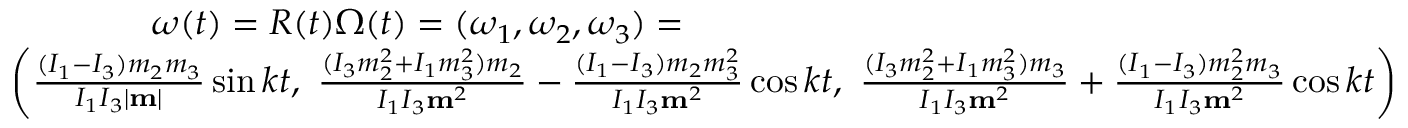
\begin{array} { r } { { \boldsymbol \omega } ( t ) = R ( t ) { \boldsymbol \Omega } ( t ) = ( \omega _ { 1 } , \omega _ { 2 } , \omega _ { 3 } ) = \qquad \qquad \qquad \qquad \qquad \qquad \qquad \qquad \qquad \qquad } \\ { \left( \frac { ( I _ { 1 } - I _ { 3 } ) m _ { 2 } m _ { 3 } } { I _ { 1 } I _ { 3 } | { \bf m } | } \sin k t , ~ \frac { ( I _ { 3 } m _ { 2 } ^ { 2 } + I _ { 1 } m _ { 3 } ^ { 2 } ) m _ { 2 } } { I _ { 1 } I _ { 3 } { \bf m } ^ { 2 } } - \frac { ( I _ { 1 } - I _ { 3 } ) m _ { 2 } m _ { 3 } ^ { 2 } } { I _ { 1 } I _ { 3 } { \bf m } ^ { 2 } } \cos k t , ~ \frac { ( I _ { 3 } m _ { 2 } ^ { 2 } + I _ { 1 } m _ { 3 } ^ { 2 } ) m _ { 3 } } { I _ { 1 } I _ { 3 } { \bf m } ^ { 2 } } + \frac { ( I _ { 1 } - I _ { 3 } ) m _ { 2 } ^ { 2 } m _ { 3 } } { I _ { 1 } I _ { 3 } { \bf m } ^ { 2 } } \cos k t \right) } \end{array}